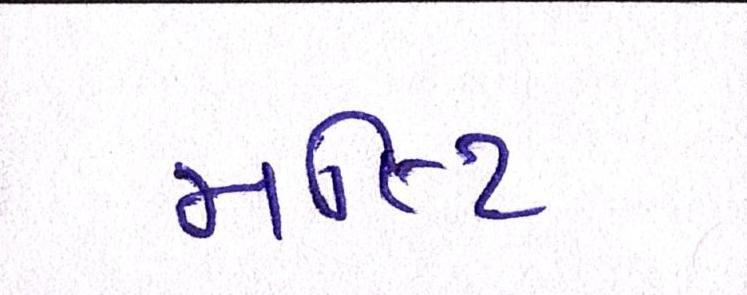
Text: મલ્ટિ